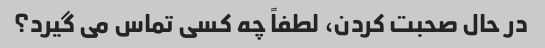
در حال صحبت کردن، لطفاً چه کسی تماس می گیرد؟